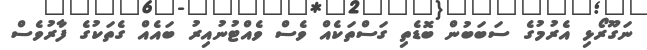
ނަގޫރޯޅި އެރުމުގެ ސަބަބުން ބޮޑެތި ގަސްތަކެއް ވެސް ވެއްޓުނުއިރު ބައެއް ގެތަކުގެ ފާރުވެސް